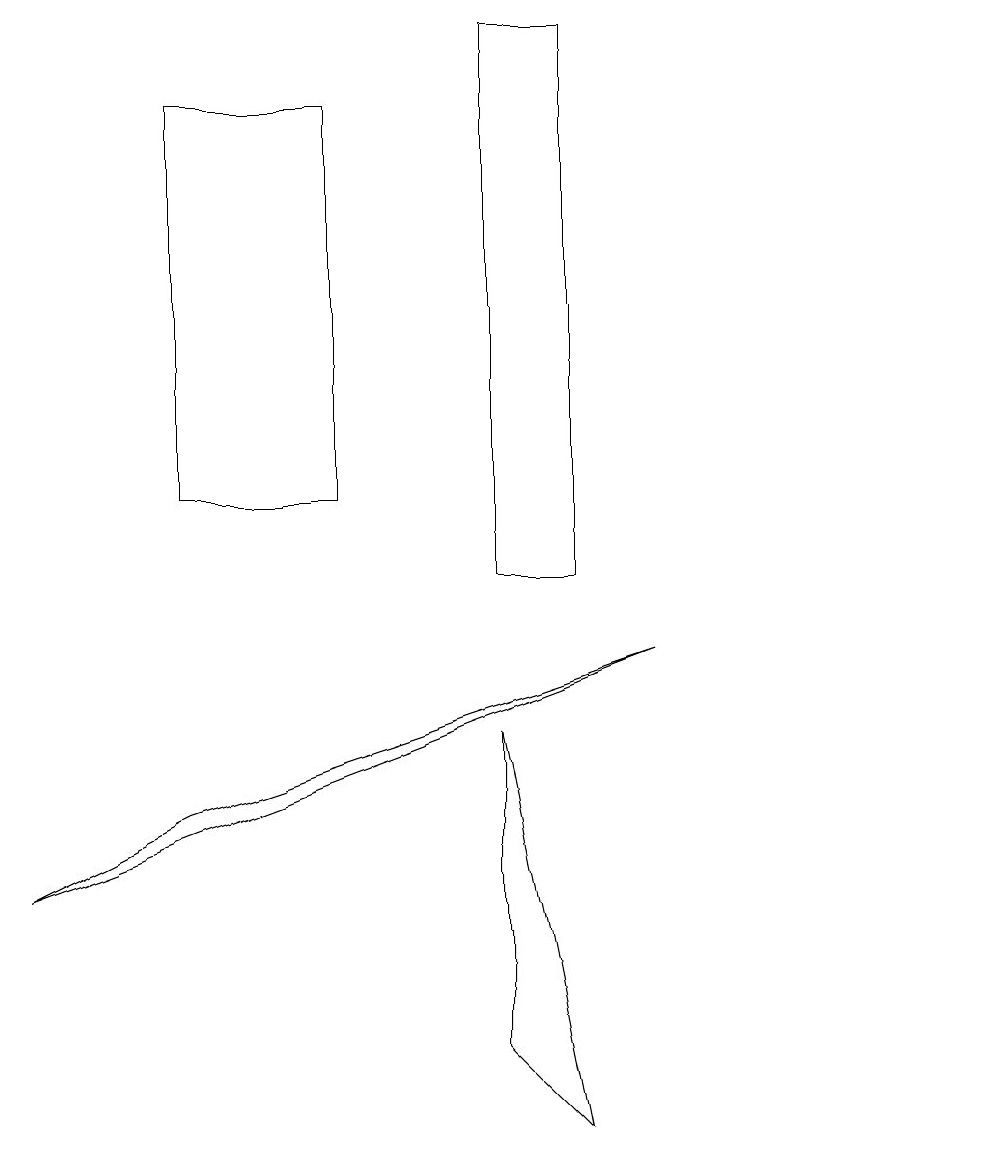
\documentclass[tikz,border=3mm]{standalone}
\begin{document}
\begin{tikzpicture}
\draw (6,4) -- (7,3) -- (6,8) -- cycle;
\draw (8,9) -- (2,7) -- (0,6) -- cycle;
\draw (2,11) rectangle (4,16);
\draw (12,12) circle (0);
\draw (6,10) rectangle (7,17);
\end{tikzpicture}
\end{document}